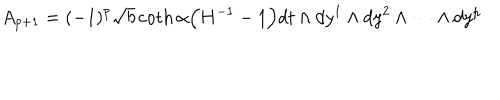
A _ { p + 1 } = ( - 1 ) ^ { p } \sqrt { b } \coth \alpha \Big ( H ^ { - 1 } - 1 \Big ) d t \wedge d y ^ { 1 } \wedge d y ^ { 2 } \wedge \cdots \wedge d y ^ { p }